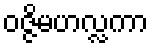
ဝဇ္ဇိမဟလ္လကာ